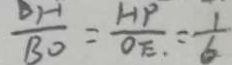
\frac { D H } { B O } = \frac { H P } { O E . } = \frac { 1 } { 6 }